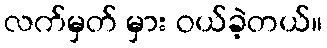
လက်မှတ် မှား ဝယ်ခဲ့တယ်။